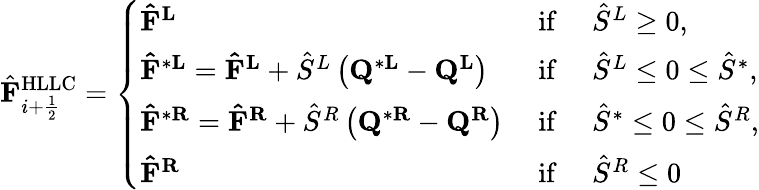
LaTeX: \hat{\mathbf{F}}_{i+\frac{1}{2}}^{\mathrm{HLLC}}=\left\{ \begin{array}{ll}{\mathbf{\hat{F}}^{\mathbf{L}}}&{\mathrm{~if~}\quad\hat{S}^{L}\geq 0,}\\ {\mathbf{\hat{F}}^{*\mathbf{L}}=\mathbf{\hat{F}}^{\mathbf{L}}+\hat{S}^{L}\left(\mathbf{Q}^{*\mathbf{L}}-\mathbf{Q}^{\mathbf{L}}\right)}&{\mathrm{~if~}\quad\hat{S}^{L}\leq 0\leq\hat{S}^{*},}\\ {\mathbf{\hat{F}}^{*\mathbf{R}}=\mathbf{\hat{F}}^{\mathbf{R}}+\hat{S}^{R}\left(\mathbf{Q}^{*\mathbf{R}}-\mathbf{Q}^{\mathbf{R}}\right)}&{\mathrm{~if~}\quad\hat{S}^{*}\leq 0\leq\hat{S}^{R},}\\ {\mathbf{\hat{F}}^{\mathbf{R}}}&{\mathrm{~if~}\quad\hat{S}^{R}\leq 0}\end{array}\right.